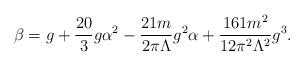
LaTeX: \begin{align*}\beta = g + \frac{20}{3} g\alpha^2 - \frac{21m}{2 \pi\Lambda}g^2 \alpha +\frac{161 m^2}{12 \pi^2\Lambda^2} g^3.\end{align*}